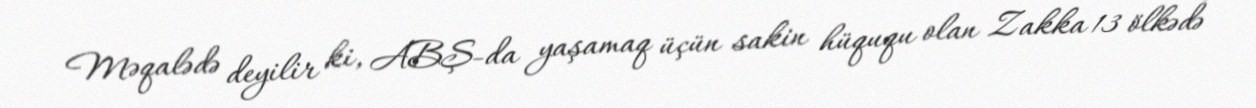
Məqalədə deyilir ki, ABŞ-da yaşamaq üçün sakin hüququ olan Zakka 13 ölkədə